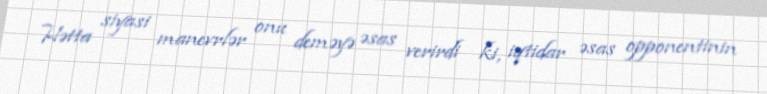
Hətta siyasi manevrlər onu deməyə əsas verirdi ki, iqtidar əsas opponentinin